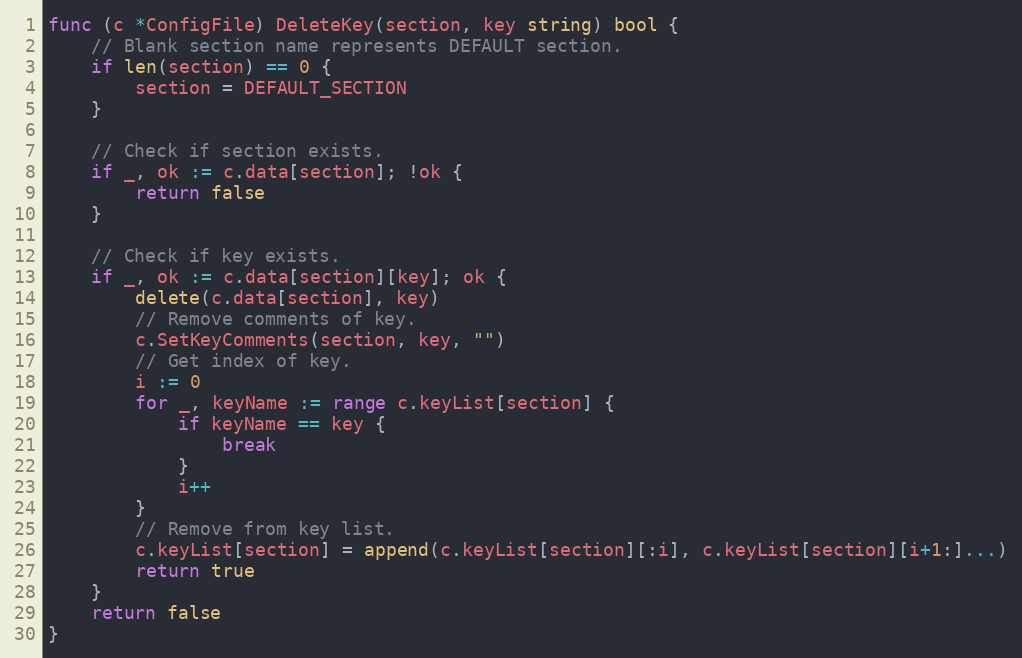
Language: Go
func (c *ConfigFile) DeleteKey(section, key string) bool {
	// Blank section name represents DEFAULT section.
	if len(section) == 0 {
		section = DEFAULT_SECTION
	}

	// Check if section exists.
	if _, ok := c.data[section]; !ok {
		return false
	}

	// Check if key exists.
	if _, ok := c.data[section][key]; ok {
		delete(c.data[section], key)
		// Remove comments of key.
		c.SetKeyComments(section, key, "")
		// Get index of key.
		i := 0
		for _, keyName := range c.keyList[section] {
			if keyName == key {
				break
			}
			i++
		}
		// Remove from key list.
		c.keyList[section] = append(c.keyList[section][:i], c.keyList[section][i+1:]...)
		return true
	}
	return false
}